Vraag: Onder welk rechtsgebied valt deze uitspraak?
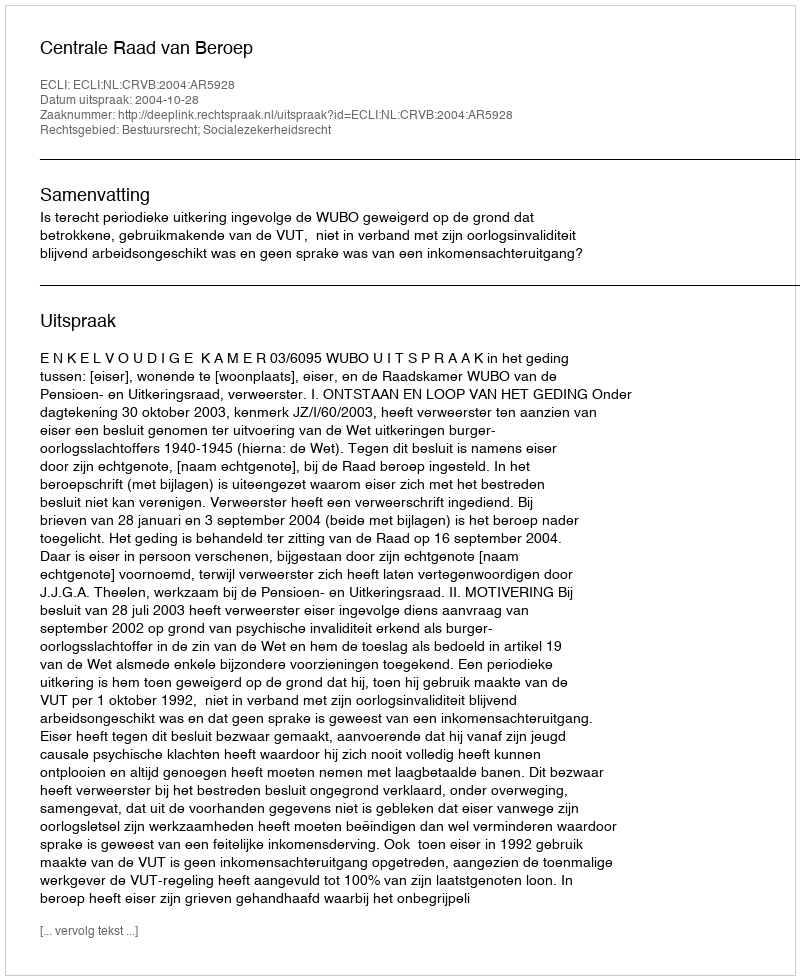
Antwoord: Bestuursrecht; Socialezekerheidsrecht